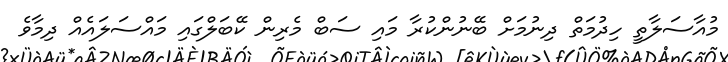
މުއާސަލާތީ ހިދުމަތް ދިނުމަށް ބޭނުންކުރާ މައި ސަބް މެރިން ކޭބަލްގައި މައްސަލައެއް ދިމާވެ